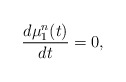
\begin{align*}\frac{d\mu_1^{n}(t)}{dt}=0,\end{align*}